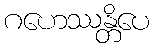
ဂဟေဿန္တိပေ